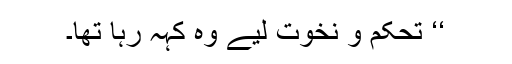
‘‘ تحکم و نخوت لیے وہ کہہ رہا تھا۔